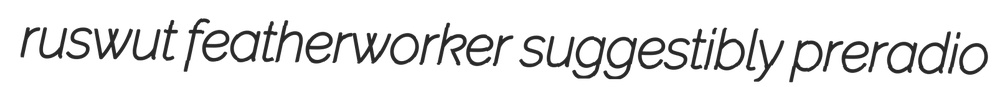
ruswut featherworker suggestibly preradio